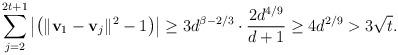
LaTeX: \begin{align*}\sum_{j=2}^{2t+1}\left|\left(\|\mathbf v_1-\mathbf v_j\|^2-1\right)\right|\geq 3 d^{\beta-2/3}\cdot\frac{2 d^{4/9}}{d+1}\geq 4d^{2/9}> 3\sqrt{t}.\end{align*}